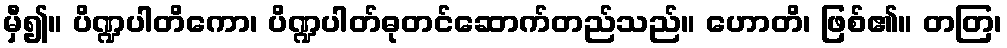
မှီ၍။ ပိဏ္ဍပါတိကော၊ ပိဏ္ဍပါတ်ဓုတင်ဆောက်တည်သည်။ ဟောတိ၊ ဖြစ်၏။ တတြ၊